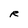
Character: R